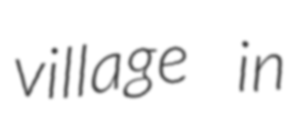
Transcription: village in